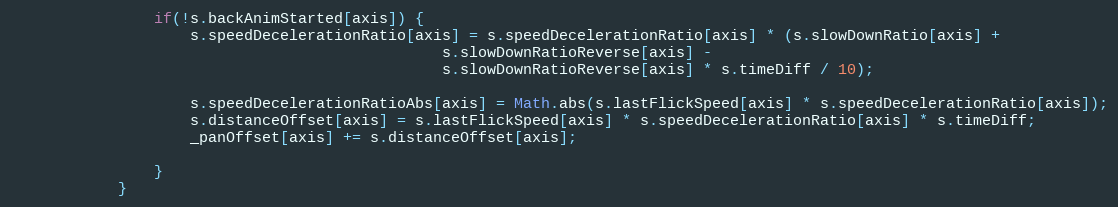
Language: JavaScript
				if(!s.backAnimStarted[axis]) {
					s.speedDecelerationRatio[axis] = s.speedDecelerationRatio[axis] * (s.slowDownRatio[axis] +
												s.slowDownRatioReverse[axis] -
												s.slowDownRatioReverse[axis] * s.timeDiff / 10);

					s.speedDecelerationRatioAbs[axis] = Math.abs(s.lastFlickSpeed[axis] * s.speedDecelerationRatio[axis]);
					s.distanceOffset[axis] = s.lastFlickSpeed[axis] * s.speedDecelerationRatio[axis] * s.timeDiff;
					_panOffset[axis] += s.distanceOffset[axis];

				}
			}